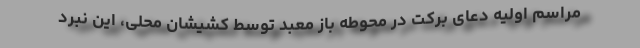
مراسم اولیه دعای برکت در محوطه باز معبد توسط کشیشان محلی، این نبرد